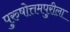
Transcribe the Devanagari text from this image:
पुरुषोत्तमपुरीला